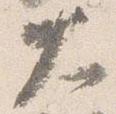
大